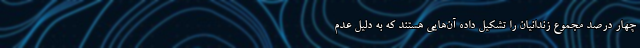
چهار درصد مجموع زندانیان را تشکیل داده آن‌هایی هستند که به دلیل عدم